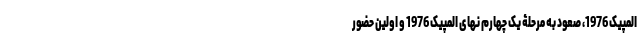
المپیک 1976، صعود به مرحلۀ یک چهارم نهای المپیک 1976 و اولین حضور